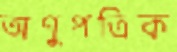
অণুপত্রিক